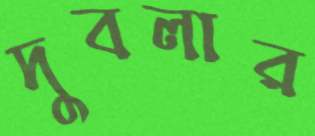
দুবলার